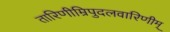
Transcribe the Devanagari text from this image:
तारिणीम्रिपुदलवारिणीम्